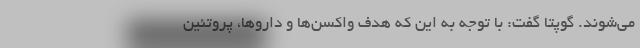
می‌شوند. گوپتا گفت: با توجه به این که هدف واکسن‌ها و داروها، پروتئین